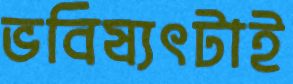
ভবিষ্যৎটাই